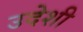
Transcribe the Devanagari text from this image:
उदेशी